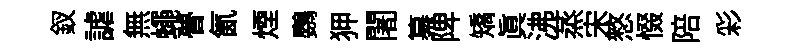
釵謔無蠅瞢氤煙鸚狎闍纂陴矯真沸蒸宋憗惙陪彩